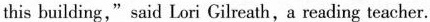
this building," said Lori Gilreath, a reading teacher.